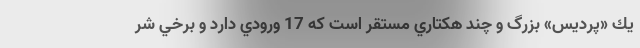
يك «پرديس» بزرگ و چند هكتاري مستقر است كه 17 ورودي دارد و برخي شر